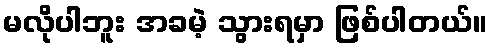
မလိုပါဘူး အခမဲ့ သွားရမှာ ဖြစ်ပါတယ်။